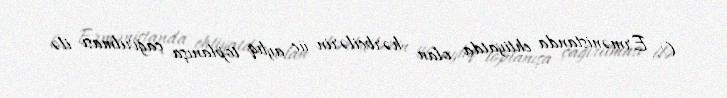
O, Ermənistanda ehtiyatda olan hərbçilərin üç aylıq toplanışa çağırılması ilə